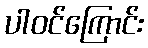
ပါဝင်ကြောင်း